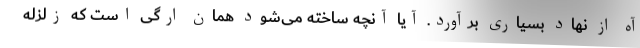
آه از نهاد بسیاری برآورد. آیا آنچه ساخته می‌شود همان ارگی است که زلزله